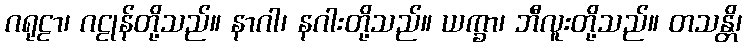
ဂရုဠာ၊ ဂဠုန်တို့သည်။ နာဂါ၊ နဂါးတို့သည်။ ယက္ခာ၊ ဘီလူးတို့သည်။ တသန္တိ၊